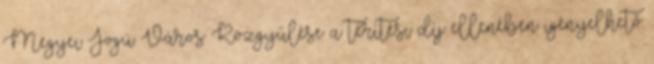
Megyei Jogú Város Közgyűlése a térítési díj ellenében igényelhető